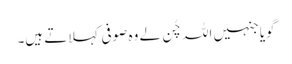
گویا جنہیں اللہ چُن لے وہ صوفی کہلاتے ہیں۔